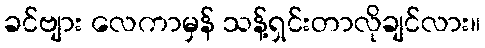
ခင်ဗျား လေကာမှန် သန့်ရှင်းတာလိုချင်လား။